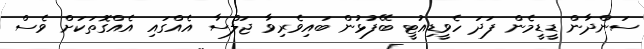
ސަންދާން ޑީޑީމެން ފަދަ ހެވީޑިއުޓީ ބޭފުޅުން ބައިވެރިވާ ޖަލްސާ އެއްގައި އެއްގޮތަކަށް ވެސް